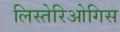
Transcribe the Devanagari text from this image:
लिस्तेरिओगिस